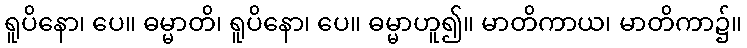
ရူပိနော၊ ပေ။ ဓမ္မာတိ၊ ရူပိနော၊ ပေ။ ဓမ္မာဟူ၍။ မာတိကာယ၊ မာတိကာ၌။